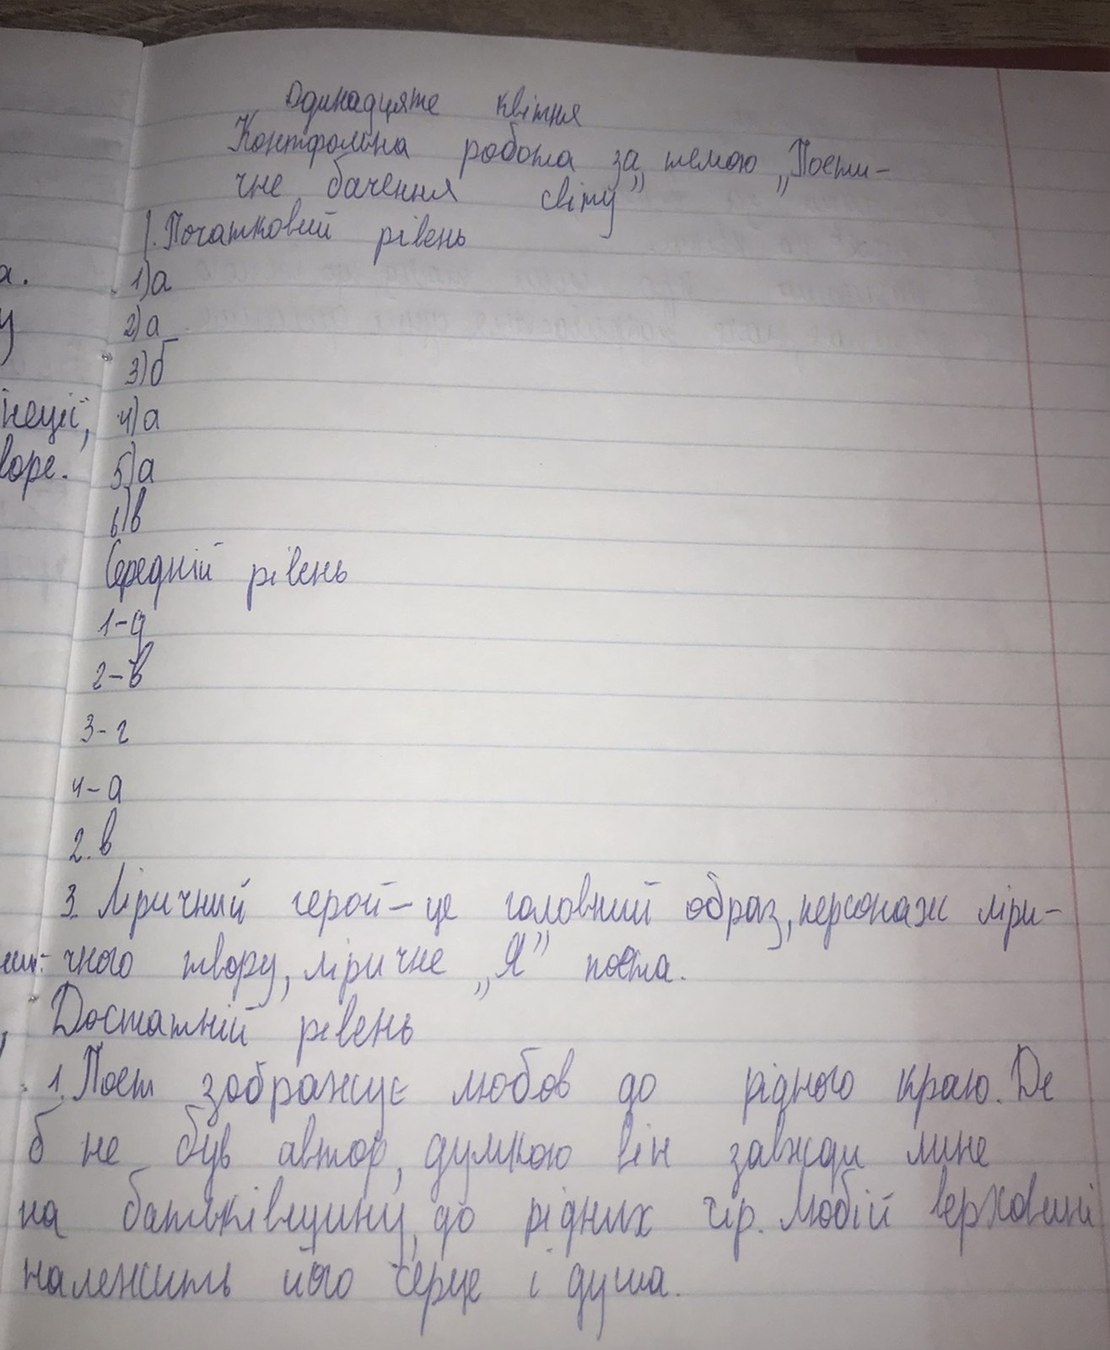
Одинадцяте квітня
Контфольна робота за темою "Поети -
чне бачення світу"
1. Початковий рівень
1) a
2) а
3) б
неції,
4) а
воре.
5) а
6) в
Середній рівень
1 - д
2 - в
3 - г
4 - а
2. в
3. Ліричний герой - це головний образ, персонаж ліри -
чного твору, ліричне "Я" поета.
Достатній рівень
1. Поет зображує любов до рідного краю. Де
б не був автор, думкою він завжди лине
на батьківщину, до рідних гір. Любій верховині
належить його серце і душа.